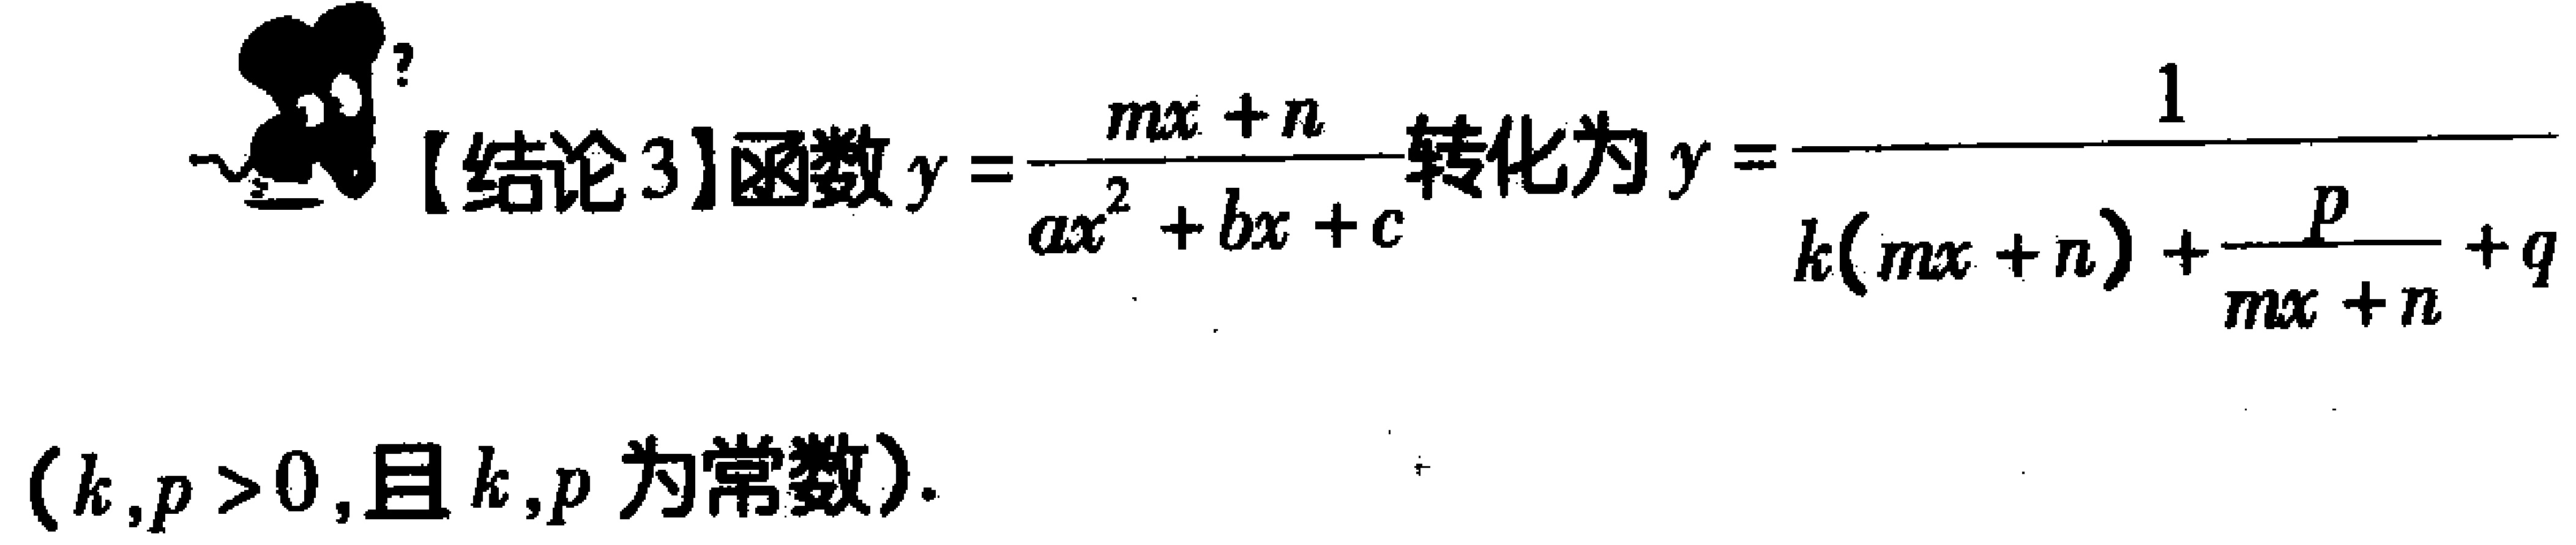
【结论3】函数\(y = \frac{mx + n}{ax^{2}+bx + c}\)转化为\(y=\frac{1}{k(mx + n)+\frac{p}{mx + n}+q}\)（\(k,p>0\)，且\(k,p\)为常数）.